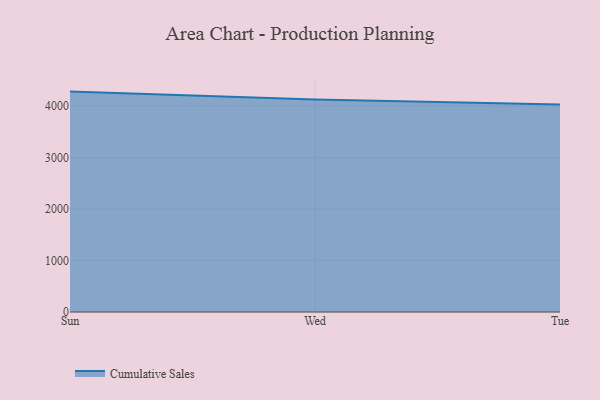
{"axis": {"x": "Day", "y": "Gross Profit (USD K)"}, "legend": ["Cumulative Sales"], "data": [{"x": "Sun", "y": 4278.5, "type": "Cumulative Sales"}, {"x": "Wed", "y": 4126.0, "type": "Cumulative Sales"}, {"x": "Tue", "y": 4030.1, "type": "Cumulative Sales"}]}